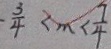
- \frac { 3 } { 4 } < m < \frac { 7 } { 4 }